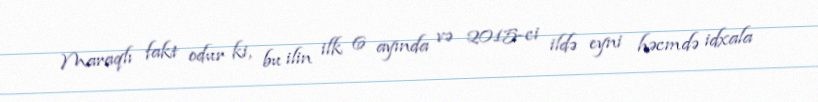
Maraqlı fakt odur ki, bu ilin ilk 6 ayında və 2015-ci ildə eyni həcmdə idxala